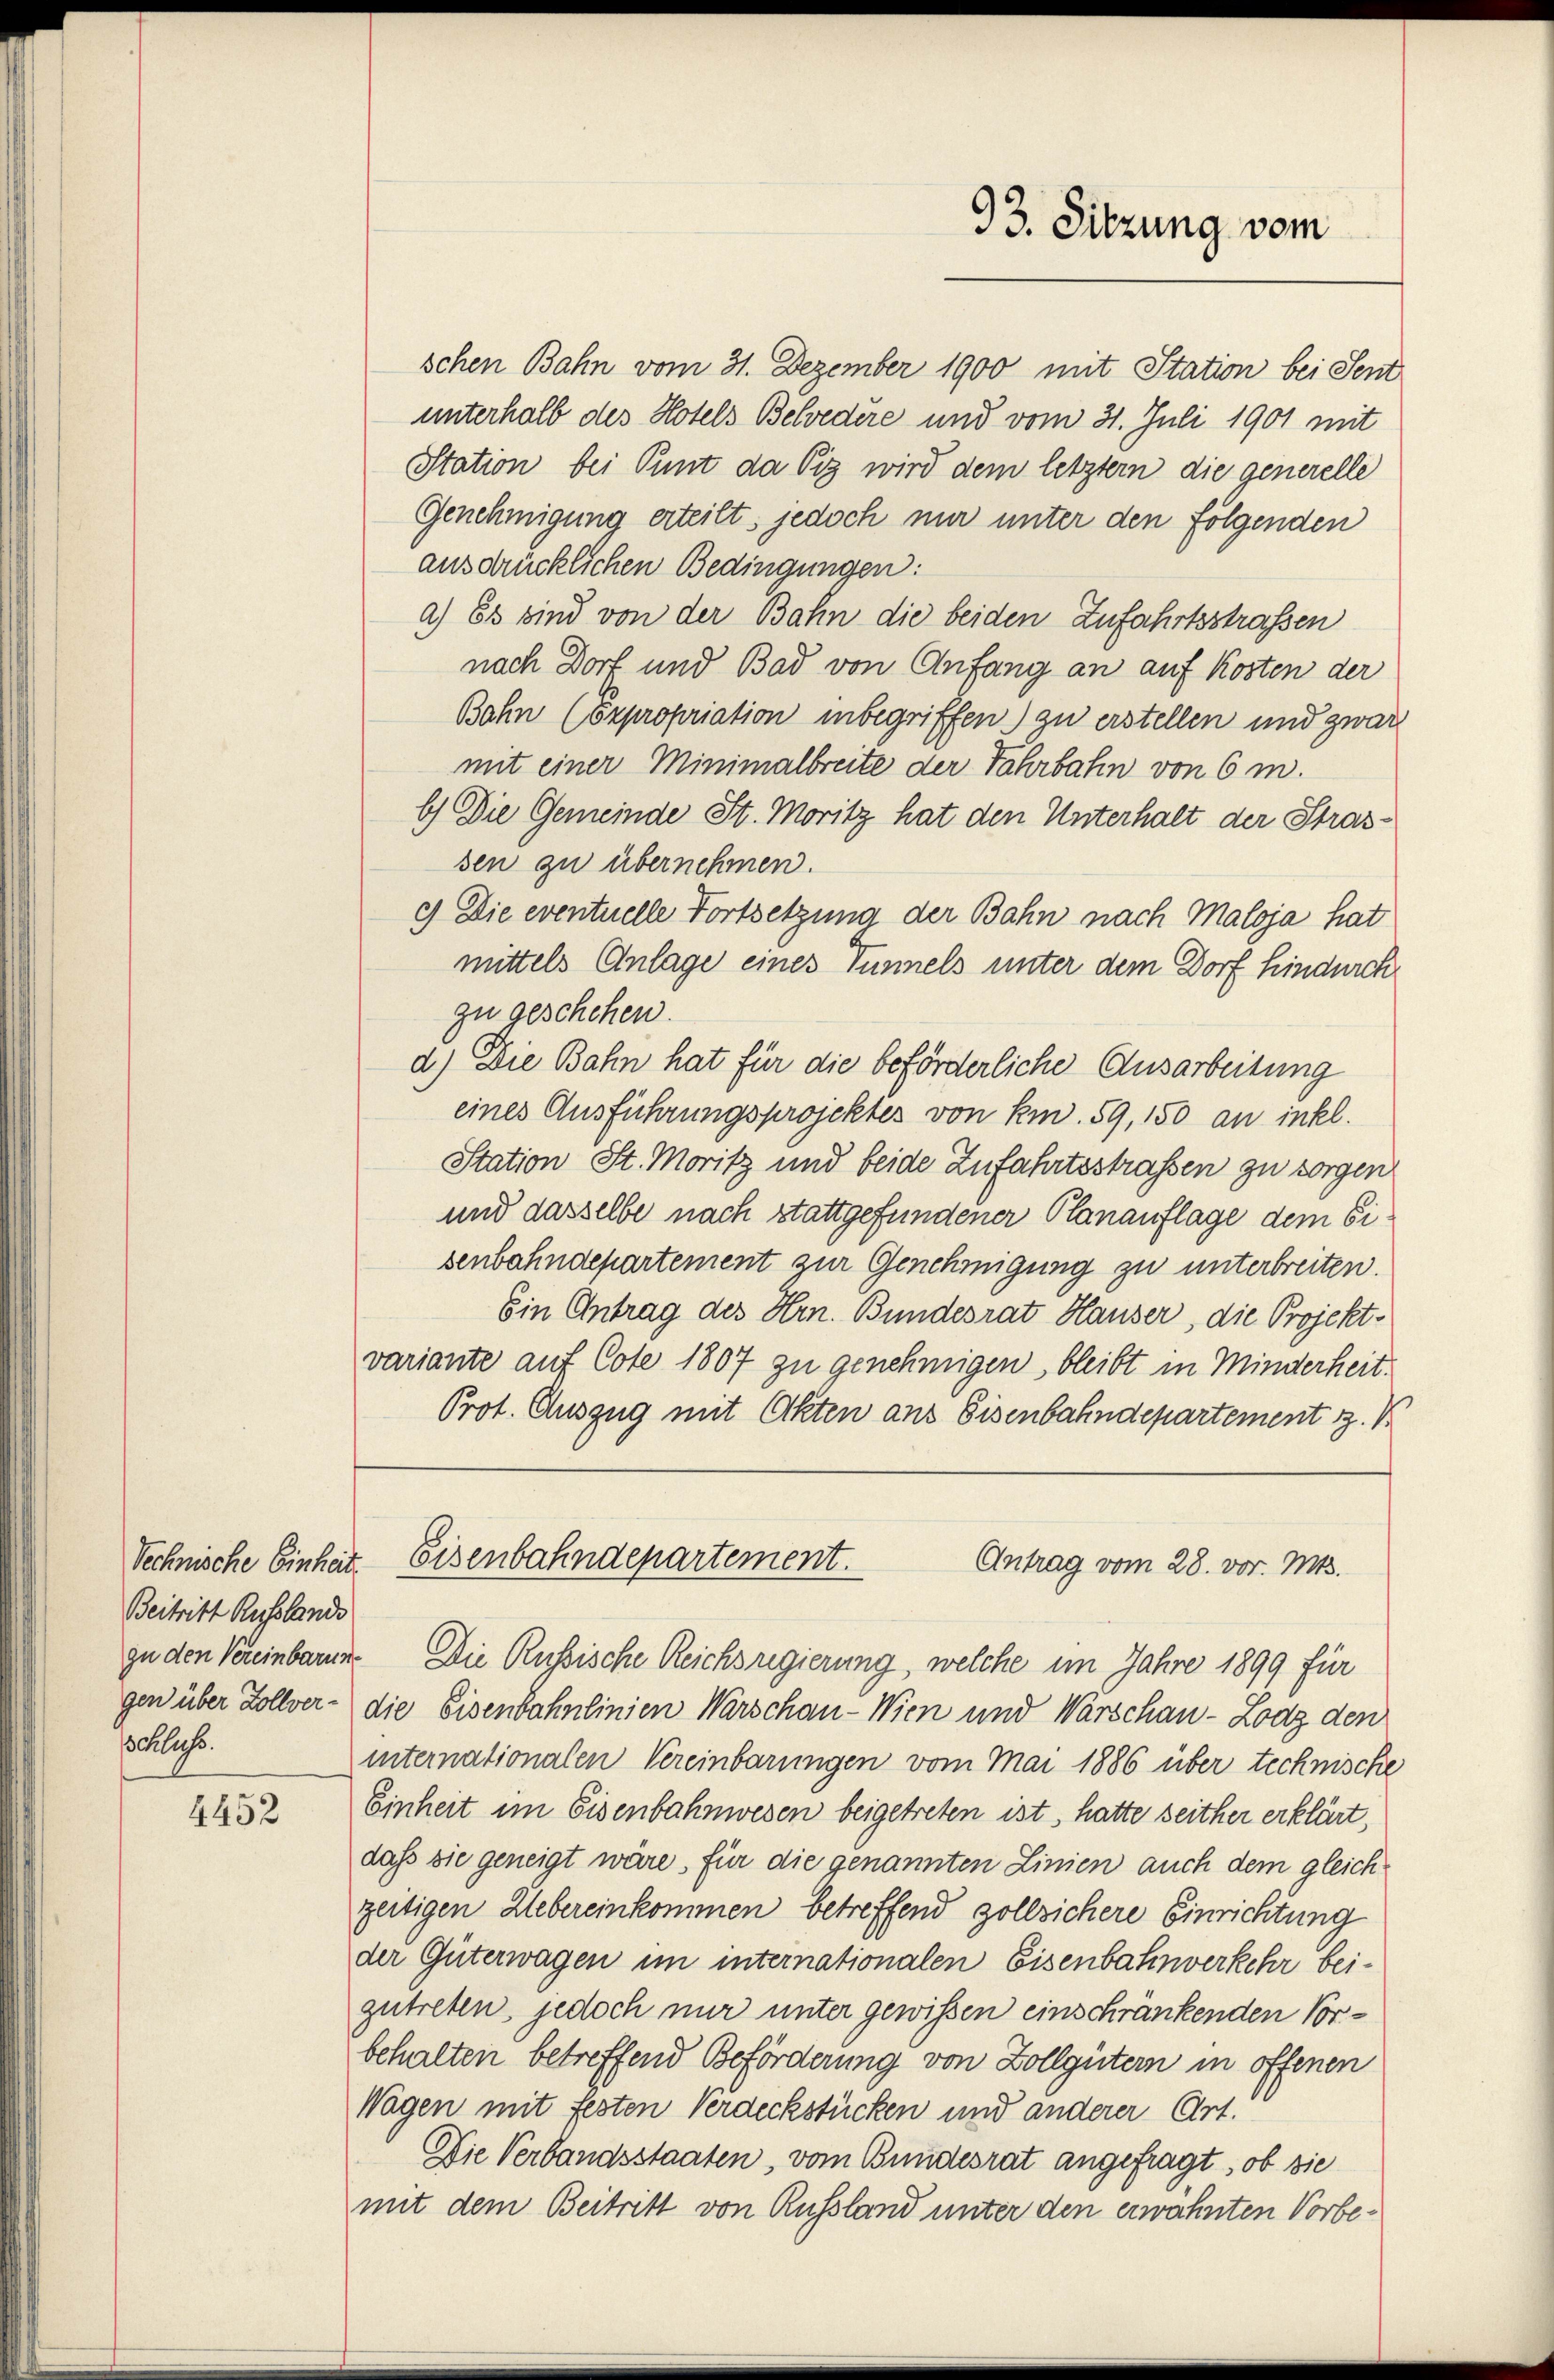
Beitritt Russlands
sschluss.

4452

93. Sitzung vom

schen Bahn vom 31. Dezember 1900 mit Station bei Sent
unterhalb des Hotels Belvedere und vom 31. Juli 1901 mit
Station bei Pimt da Piz wird dem letztern die generelle
Genehmigung erteilt, jedoch nur unter den folgenden
ausdrücklichen Bedingungen:
a.) Es sind von der Bahn die beiden Zufahrtsstrafsen
nach Dorf und Bad von Anfang an auf Kosten der
Bahn (Expropriation inbegriffen zu erstellen und zwar
mit einer Minimalbreite der Fahrbahn von 6 m.
b) Die Gemeinde St. Moritz hat den Unterhalt der Strassen zu übernehmen.
9) Die eventuelle Fortsetzung der Bahn nach Maloja hat
mittels Anlage eines Tunnels unter dem Dorf hindurch
zu geschehen.
d.) Die Bahn hat für die beförderliche Ausarbeitung
eines Ausführungsprojektes von km. 59, 150 an inkl.
Station St. Moritz und beide Zufahrtsstraßen zu sorgen
und dasselbe nach stattgefundener Planauflage dem Sisenbahndepartement zur Genehmigung zu unterbreiten.
Ein Antrag des Hrn. Bundesrat Hauser, die Projektvariante auf Cote 1807 zu genehmigen, bleibt in Minderheit.
Prot. Auszug mit Akten aus Eisenbahndepartement z. B.
Technische Einheit. Eisenbahndepartement.
Antrag vom 28. vor. Mts.
zu den Vereinbarun. Die Russische Reichsregierung, welche im Jahre 1899 für
gen über Zollver - die Eisenbahnlinien Warschau-Wien und Warschau-Lodz den
internationalen Vereinbarungen vom Mai 1886 über technische
Einheit im Eisenbahnwesen beigetreten ist, hatte seither erklärt,
daß sie geneigt wäre, für die genannten Linien auch dem gleich
zeitigen Hebereinkommen betreffend sollsichere Einrichtung
der Güterwagen im internationalen Eisenbahnverkehr beizutreten, jedoch nur unter gewissen einschränkenden Vorbehalten betreffend Beförderung von Zollgütern in offenen
Wagen mit festen Verdeckstücken und anderer Art.
Die Verbandsstaaten vom Bundesrat angefragt, ob die
mit dem Beitritt von Russland unter den erwähnten Vorbe¬